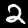
Label: 2